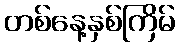
တစ်နေ့နှစ်ကြိမ်